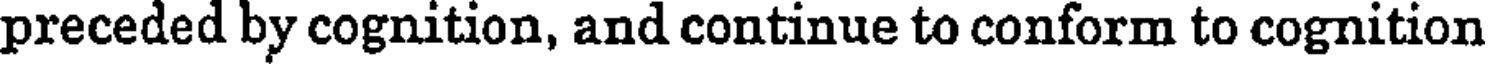
preceded by cognition, and continue to conform to cognition